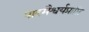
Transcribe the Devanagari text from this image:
पारमैश्वर्यप्राप्ति